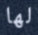
لها